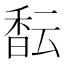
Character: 𱄎